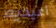
أعيديه